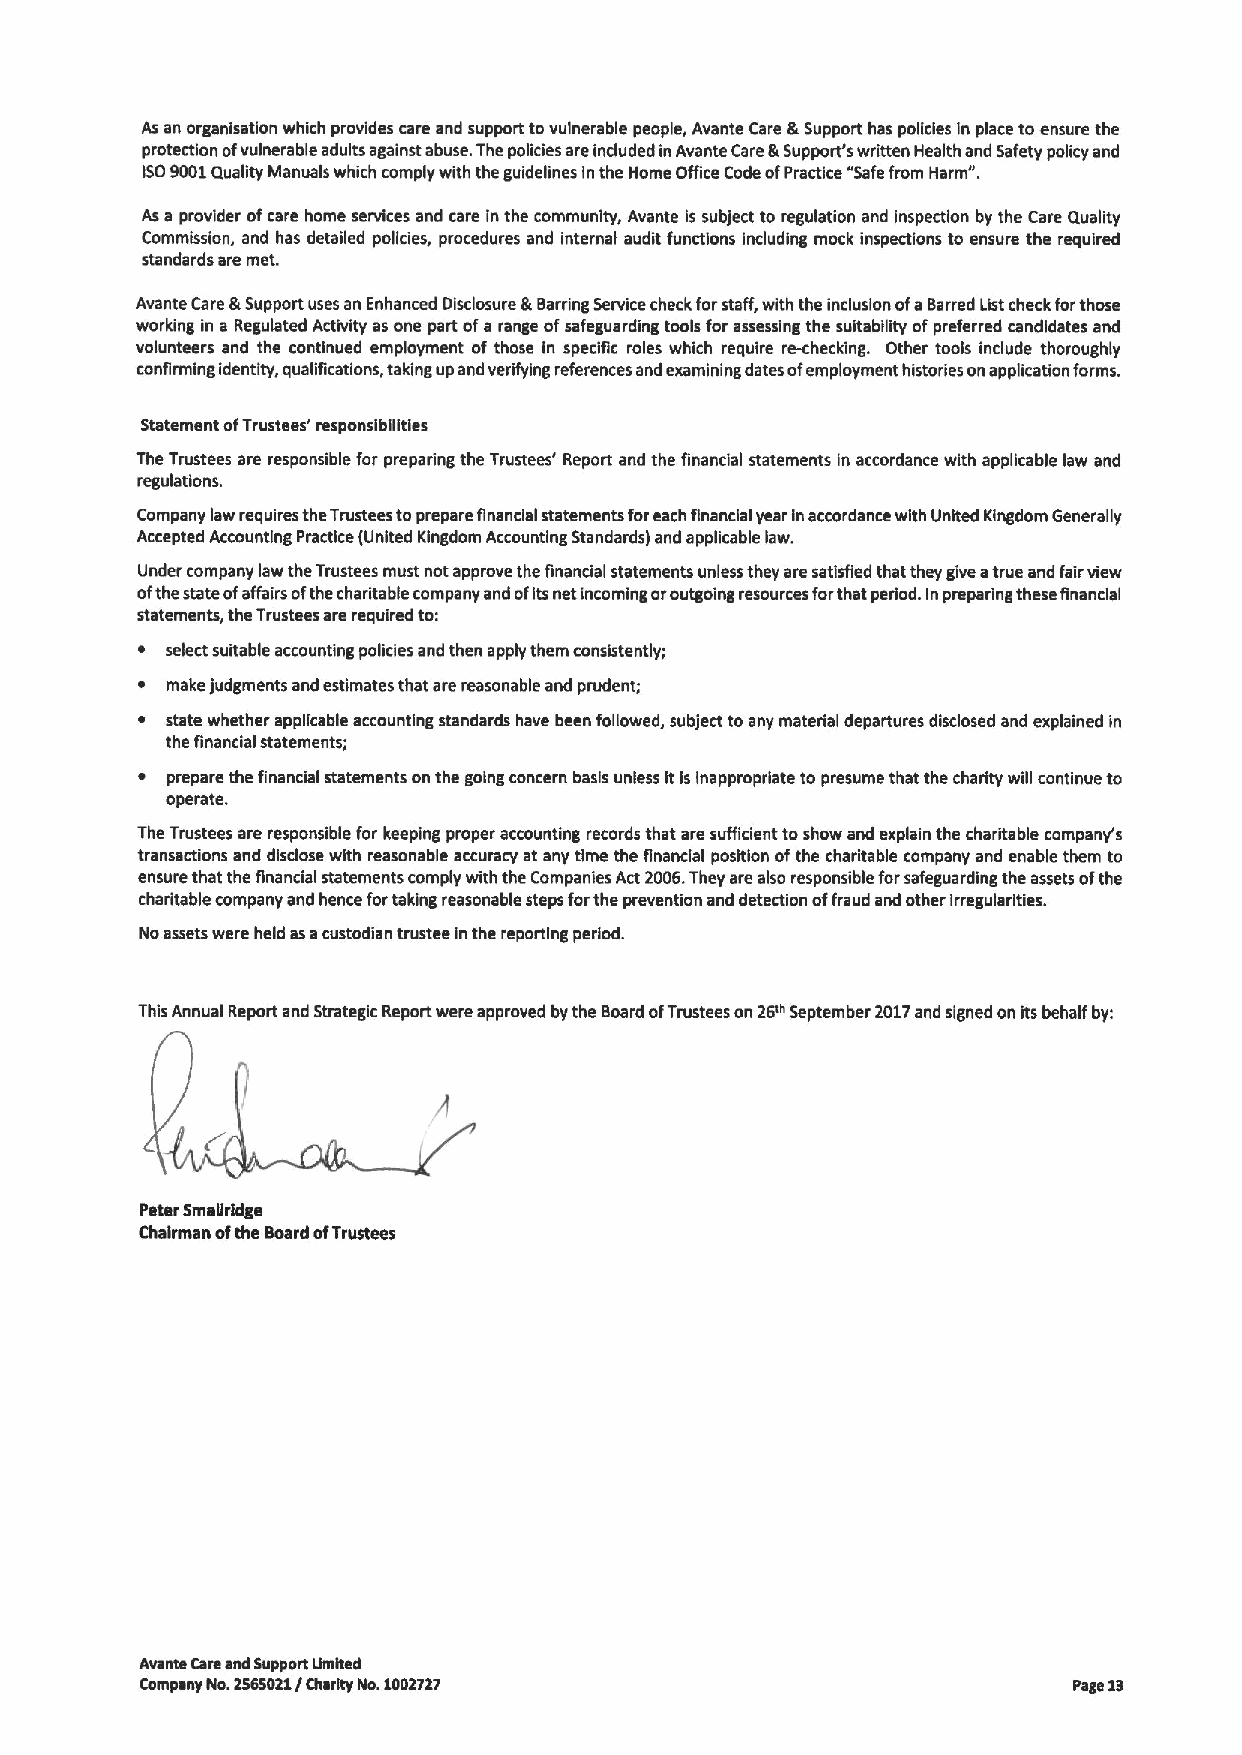
As an organisatlon which provides care and support tovulnerable people, Avante Care &Support has policies in place to ensure the
 protection ofvulnerable adults against abuse. The policies are included inAvante Care&Support's written Health and Safety policy and
 ISO9001Quagty Manuals which comply with the guidelines inthe Home ONce Code ofPractice "Safefrom Harm".
 As a provider ofcare home services and care in the community, Avante Is subject to regulation and inspection by the Care Quality
 Commission, and has detailed policies, procedures and internal audit functions Including mock inspections to ensure the required
 standards are met.
 Avante Care &Support uses an Enhanced Disclosure &Barring Service check forstaff, with the inclusion ofaBarred Listcheck forthose
 working in a Regulated Activity as one part ofa range ofsafeguarding tools for assessing the sultabigty ofpreferred candidates and
 volunteers and the continued employment of those in specific roles which require re-checking. Other tools include thoroughly
 confirming identity, qualifications, taking up and verifying references and examining dates of employment histories onapplication forms.
 Statement ofTrustees' responsibilities
 The Trustees are responsible for prepading the Trustees' Report and the financial statements In accordance with applicable law and
 regulations.
 Company law requires theTrustees toprepare financial statements foreach financial year Inaccordance with United Kingdom Generally
 Accepted Accounting Practice (United Kingdom Accounting Standards) and applicable law.
 Under company law the Trustees must not approve the financial statements unless they are satisfied that they give atrue and fairview
 ofthe state ofaffairs ofthe charitable company and ofItsnet Incoming oroutgoing resources forthat period. Inpreparing these Rnancial
 statements, the Trustees are required to:
 ~ select suitable accounting policies and then apply them consistently;
 ~ make judgments and estimates that are reasonable and prudent;
 ~ state whether applicable accounting standards have been followed, subject to any material departures disclosed and explained in
 the Rnancial statements;
 ~ prepare the financial statements on the going concern basis unless itis inappropriate to presume that the charity will continue to
 operate.
 The Trustees are responsible for keeping proper accounting records that are sufficient toshow and explain the charitable company's
 transactions and disclose with reasonable accuracy at any time the financial position ofthe charitable company and enable them to
 ensure that the financial statements comply with the Companies Act 2006.They are also responsible forsafeguarding the assets ofthe
 charitable company and hence fortaking reasonable steps forthe prevention and detection offraud and other irregularities.
 No assets were held asacustodian trustee Inthe reporting period.
 This Annual Report and Strategi«Report were approved bythe Board ofTrustees on 26'"September 2017and signed on its behalf by:
 Peter Smagrldge
 Chairman ofthe Board ofTrustees
 Avante Careand Support Umhed
 ComPany No.1965011/Charity No.1001717                         Page 19